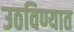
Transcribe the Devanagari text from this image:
उठविण्यात